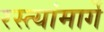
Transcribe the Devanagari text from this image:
रस्त्यांमार्गे